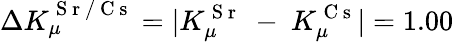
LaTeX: \Delta K_{\mu}^{\mathrm{~S~r~/~C~s~}}=|K_{\mu}^{\mathrm{~S~r~}}~-~K_{\mu}^{\mathrm{~C~s~}}|=1.00